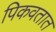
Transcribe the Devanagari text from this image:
पिकवतात